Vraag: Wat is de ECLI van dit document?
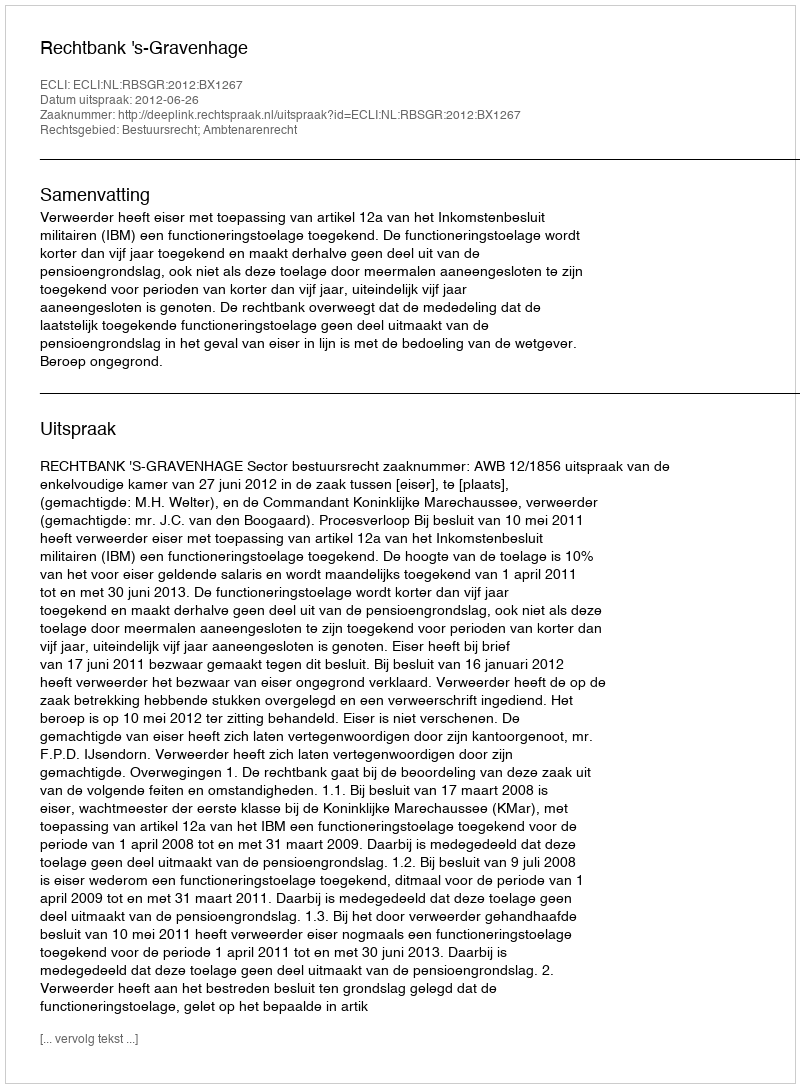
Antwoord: ECLI:NL:RBSGR:2012:BX1267